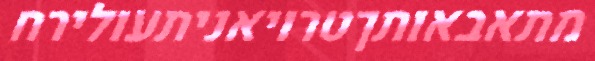
מתאבאותךטרויאניתעולירח